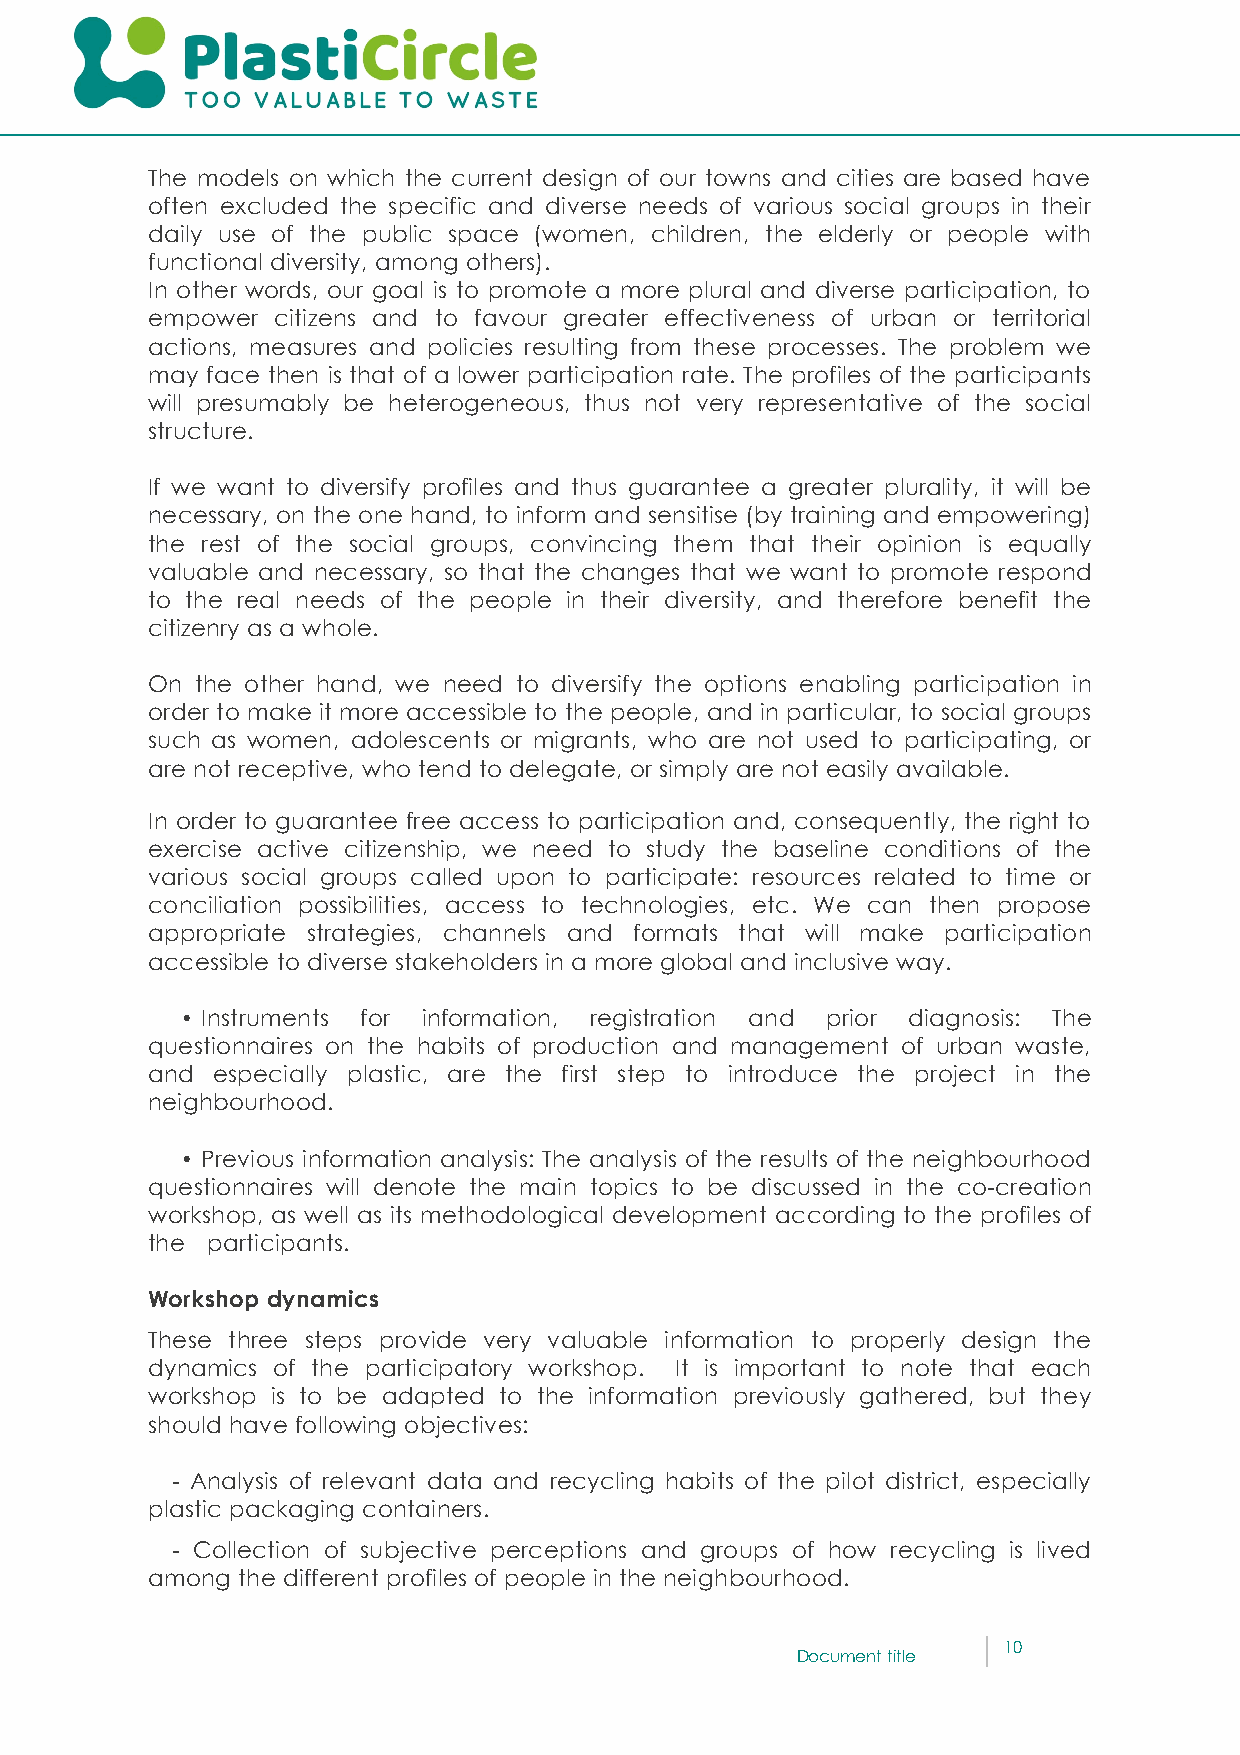
The models on which the current design of our towns and cities are based have
 often excluded the specific and diverse needs of various social groups in their
 daily use of the public space (women, children, the elderly or people with
 functional diversity, among others).
 In other words, our goal is to promote a more plural and diverse participation, to
 empower citizens and to favour greater effectiveness of urban or territorial
 actions, measures and policies resulting from these processes. The problem we
 may face then is that of a lower participation rate. The profiles of the participants
 will presumably be heterogeneous, thus not very representative of the social
 structure.
 If we want to diversify profiles and thus guarantee a greater plurality, it will be
 necessary, on the one hand, to inform and sensitise (by training and empowering)
 the rest of the social groups, convincing them that their opinion is equally
 valuable and necessary, so that the changes that we want to promote respond
 to the real needs of the people in their diversity, and therefore benefit the
 citizenry as a whole.
 On the other hand, we need to diversify the options enabling participation in
 order to make it more accessible to the people, and in particular, to social groups
 such as women, adolescents or migrants, who are not used to participating, or
 are not receptive, who tend to delegate, or simply are not easily available.
 In order to guarantee free access to participation and, consequently, the right to
 exercise active citizenship, we need to study the baseline conditions of the
 various social groups called upon to participate: resources related to time or
 conciliation possibilities, access to technologies, etc. We can then propose
 appropriate strategies, channels and formats that will make participation
 accessible to diverse stakeholders in a more global and inclusive way.
 • Instruments for information, registration and prior diagnosis: The
 questionnaires on the habits of production and management of urban waste,
 and especially plastic, are the first step to introduce the project in the
 neighbourhood.
 • Previous information analysis: The analysis of the results of the neighbourhood
 questionnaires will denote the main topics to be discussed in the co-creation
 workshop, as well as its methodological development according to the profiles of
 the participants.
 Workshop dynamics
 These three steps provide very valuable information to properly design the
 dynamics of the participatory workshop. It is important to note that each
 workshop is to be adapted to the information previously gathered, but they
 should have following objectives:
 - Analysis of relevant data and recycling habits of the pilot district, especially
 plastic packaging containers.
 - Collection of subjective perceptions and groups of how recycling is lived
 among the different profiles of people in the neighbourhood.
 10
 Document title